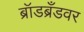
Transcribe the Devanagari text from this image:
ब्रॉडब्रँडवर